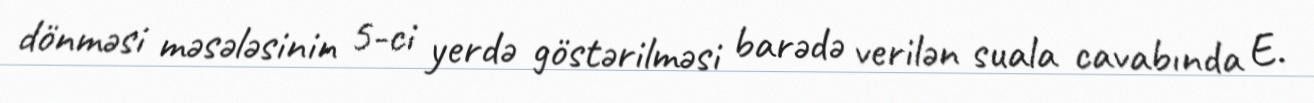
dönməsi məsələsinin 5-ci yerdə göstərilməsi barədə verilən suala cavabında E.